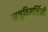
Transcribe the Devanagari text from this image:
ऋजुविमर्शिनी